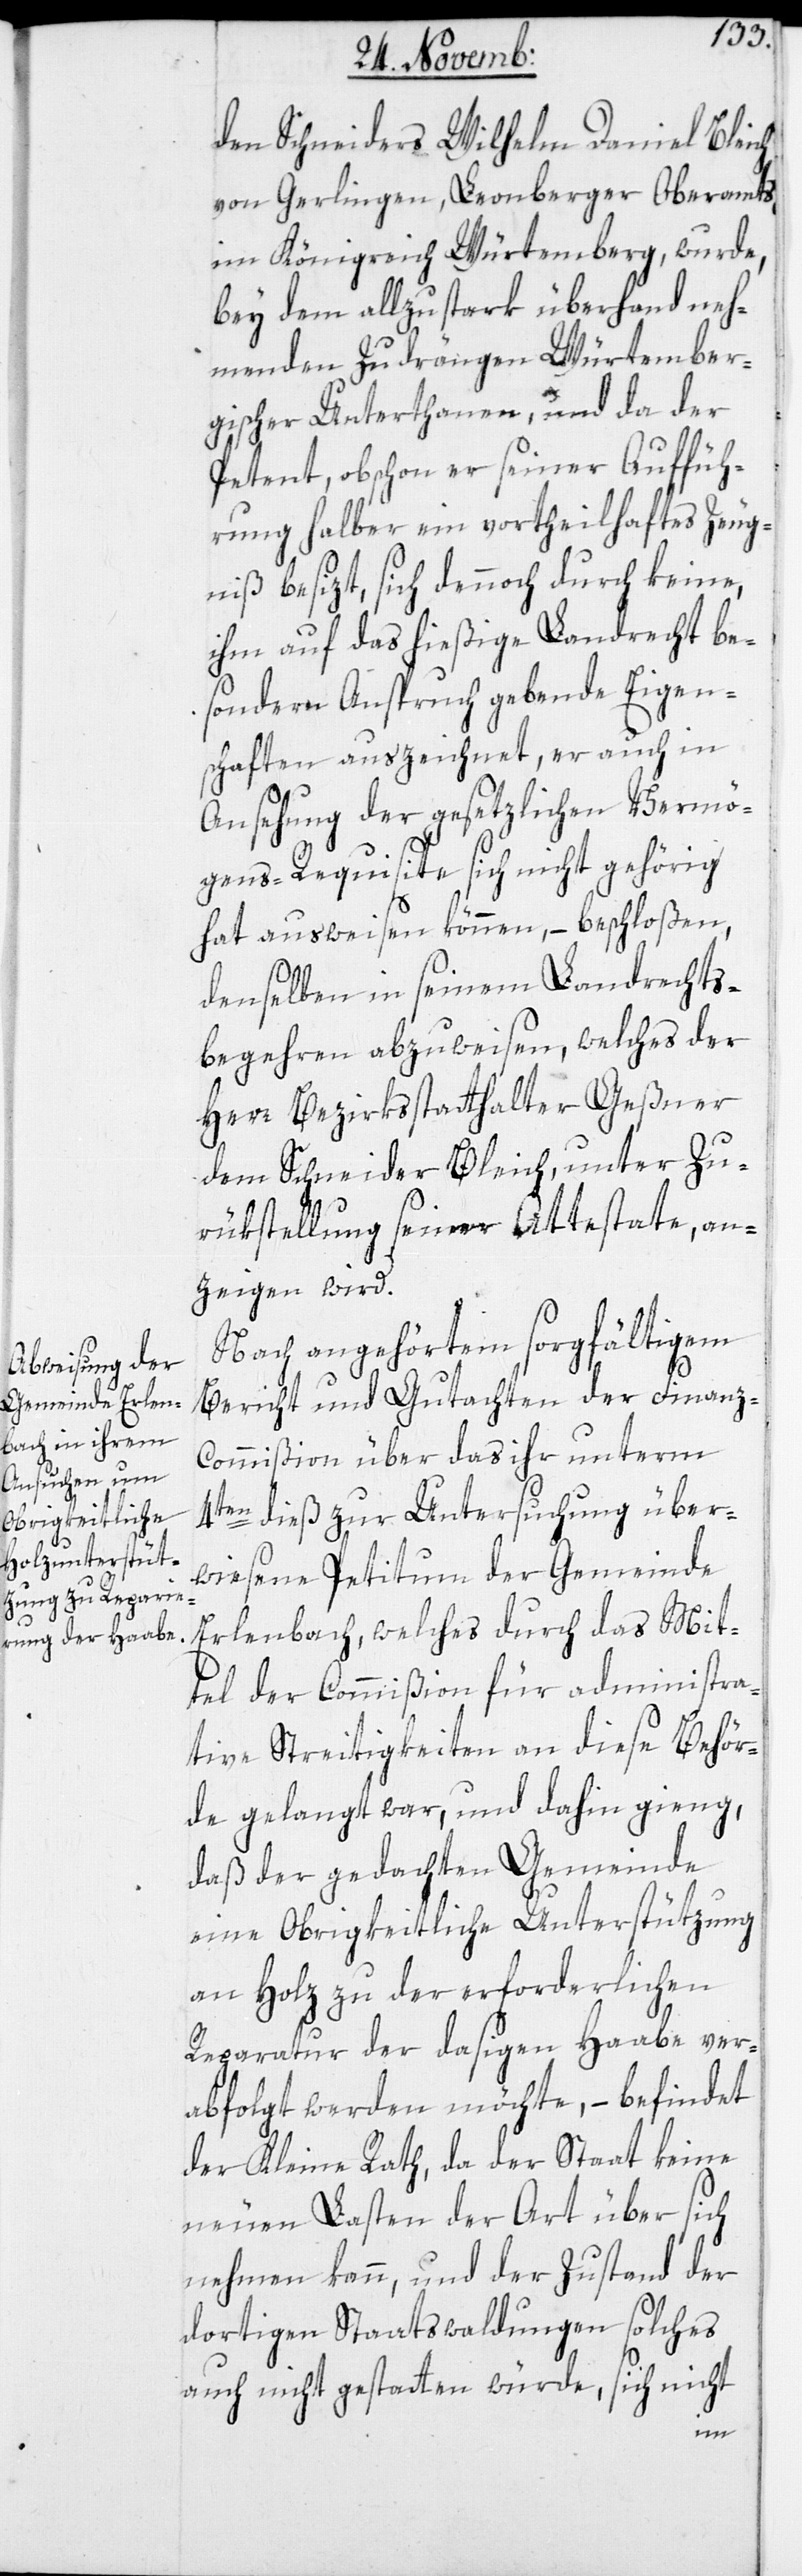
den Schneiders Wilhelm Daniel Bleich
von Gerlingen, Leonberger Oberamts
im Königreich Würtemberg, wurde
bey dem allzustark überhand neh¬
menden Zudrängen Würtember¬
gischer Untertanen, und da der
Petent, obschon er seiner Auffüh¬
rung halber ein vortheilhaftes Zeug¬
niß besizt, sich dennoch durch keine,
ihm auf das hießige Landrecht be¬
sondern Anspruch gebende Eigen¬
schaften auszeichnet, er auch in
Ansehung der gesetzlichen Vermö¬
gens-Requisite sich nicht gehörig
hat ausweisen können, – beschloßen,
denselben in seinem Landrechts¬
begehren abzuweisen, welches der
Herr Bezirksstatthalter Geßner
dem Schneider Bleich, unter Zu¬
rükstellung seiner Attestate, an¬
zeigen wird.
Nach angehörtem sorgfältigem
Bericht und Gutachten der Finanz-C¬
ommißion über das ihr unterm
4ten dieß zur Untersuchung über¬
wiesene Petitum der Gemeinde
Erlenbach, welches durch das Mit¬
tel der Commißion für administra¬
tive Streitigkeiten an diese Behör¬
de gelangt war, und dahin ging,
daß der gedachten Gemeinde
eine Obrigkeitliche Unterstützung
an Holz zu der erforderlichen
Reparatur der dasigen Haabe ver¬
abfolgt werden möchte, – befindet
der Kleine Rath, da der Staat keine
neuen Lasten der Art über sich
nehmen kann, und der Zustand der
dortigen Staatswaldungen solches
auch nicht gestatten würde, sich nicht